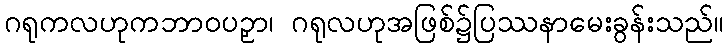
ဂရုကလဟုကဘာဝပဉှာ၊ ဂရုလဟုအဖြစ်၌ပြဿနာမေးခွန်းသည်။